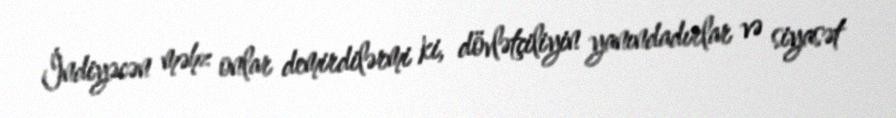
İndiyəcən məhz onlar demirdilərmi ki, dövlətçiliyin yanındadırlar və siyasət